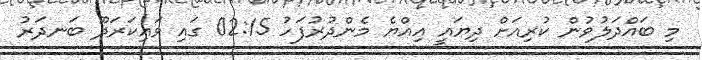
މި ބައްދަލުވުން ކުރިއަށް ދިޔައީ އިއްޔެ މެންދުރުފަހު 02:15 ގައި ވައިކަރަދޫ ބަނދަރު